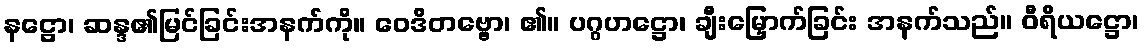
နဋ္ဌော၊ ဆန္ဒ၏မြင်ခြင်းအနက်ကို။ ဝေဒိတဗ္ဗော၊ ၏။ ပဂ္ဂဟဋ္ဌော၊ ချီးမြှောက်ခြင်း အနက်သည်။ ဝီရိယဋ္ဌော၊